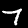
Digit: 7